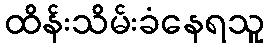
ထိန်းသိမ်းခံနေရသူ